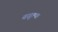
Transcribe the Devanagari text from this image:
वसूल्या